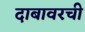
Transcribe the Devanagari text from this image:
दाबावरची